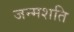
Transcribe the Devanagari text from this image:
जन्मशति